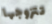
تتزوجها